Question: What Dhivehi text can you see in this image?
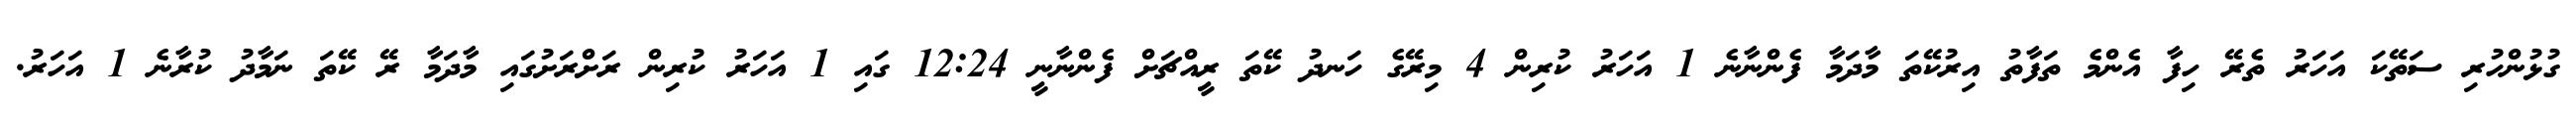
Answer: ގުޅުންހުރި ސަތޭކަ އަހަރު ތެރޭ ހިފާ އެންމެ ތަފާތު އިރުކޭތަ މާދަމާ ފެންނާނެ 1 އަހަރު ކުރިން 4 މިރޭގެ ހަނދު ކޭތަ ރީއްޗަށް ފެންނާނީ 12:24 ގައި 1 އަހަރު ކުރިން ރަށްރަށުގައި މާދަމާ ރޭ ކޭތަ ނަމާދު ކުރާނެ 1 އަހަރު.